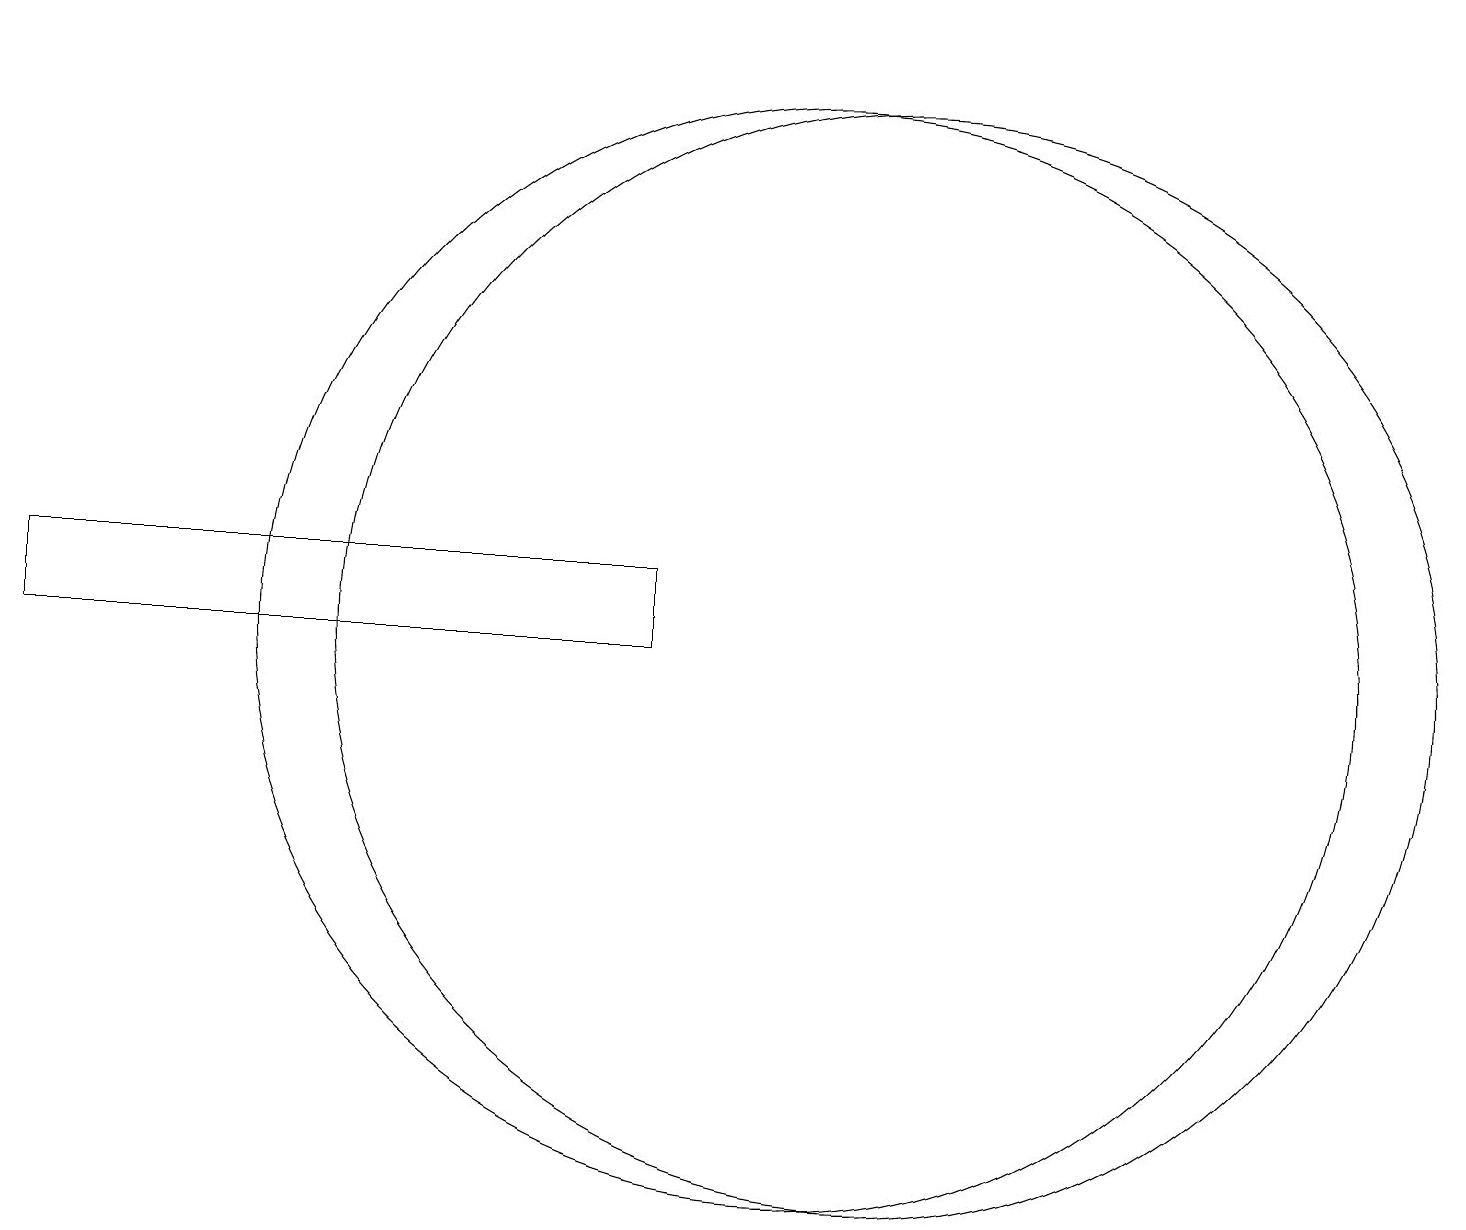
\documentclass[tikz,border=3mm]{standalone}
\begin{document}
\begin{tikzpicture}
\draw (4,19) rectangle (5,19);
\draw (11,11) circle (7);
\draw (12,11) circle (7);
\draw (9,11) rectangle (1,12);
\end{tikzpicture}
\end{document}